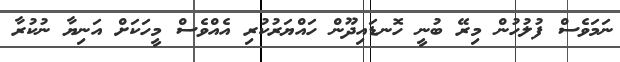
ނަމަވެސް ފުލުހުން މިރޭ ބުނީ ހޮނޑައިދޫން ހައްޔަރުކުރި އެއްވެސް މީހަކަށް އަނިޔާ ނުކުރާ